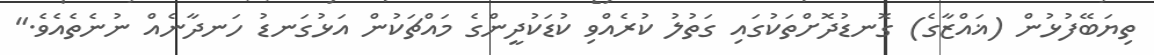
ތިޔަބޭފުޅުން (ޣައްޒާގެ) ގޮނޑުދޮށްތަކުގައި ގަތުލު ކުރެއްވި ކުޑަކުދީންގެ މައްޗަކުން އަޅުގަނޑު ހަނދާނެއް ނުނެތެއެވެ."